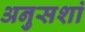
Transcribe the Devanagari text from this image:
अनुसशां